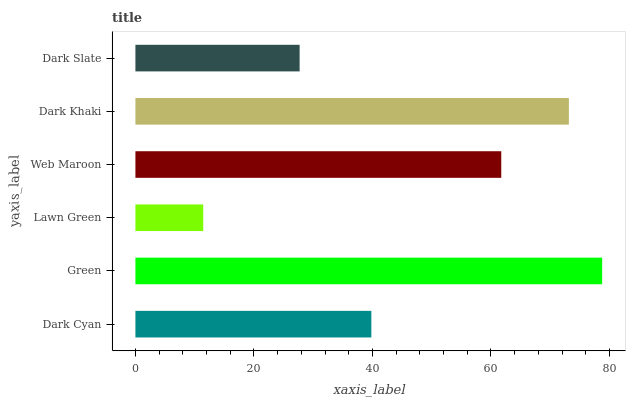
| yaxis_label | bars |
 | --- | --- |
 | Dark Cyan | 39.8 |
 | Green | 78.8 |
 | Lawn Green | 11.4 |
 | Web Maroon | 61.7 |
 | Dark Khaki | 73.2 |
 | Dark Slate | 27.7 |